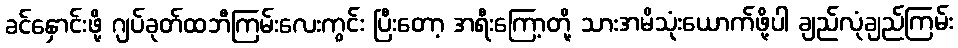
ခင်နှောင်းဖို့ ဂျပ်ခုတ်ထဘီကြမ်းလေးကွင်း ပြီးတော့ အရီးကြော့တို့ သားအမိသုံးယောက်ဖို့ပါ ချည်လုံချည်ကြမ်း